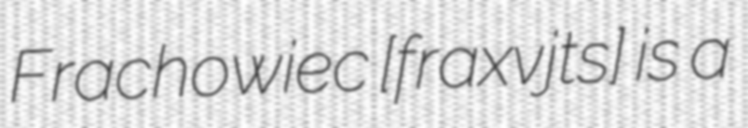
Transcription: Frachowiec [fraˈxɔvjɛt͡s] is a